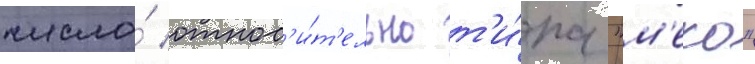
число́ относ'и́т'ельно т'и́па "м'еко"